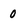
Character: 0